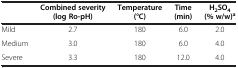
<table><thead><tr><td><b> </b></td><td><b>Combined severity (log Ro-pH)</b></td><td><b>Temperature (°C)</b></td><td><b>Time (min)</b></td><td><b>H<sub>2</sub>SO<sub>4</sub>(% w/w)<sup>a</sup></b></td></tr></thead><tbody><tr><td>Mild</td><td>2.7</td><td>180</td><td>6.0</td><td>2.0</td></tr><tr><td>Medium</td><td>3.0</td><td>180</td><td>6.0</td><td>4.0</td></tr><tr><td>Severe</td><td>3.3</td><td>180</td><td>12.0</td><td>4.0</td></tr></tbody></table>